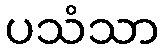
ပသံသာ